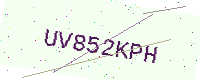
Text: UV852KPH